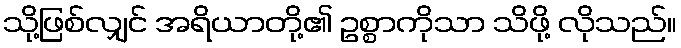
သို့ဖြစ်လျှင် အရိယာတို့၏ ဥစ္စာကိုသာ သိဖို့ လိုသည်။